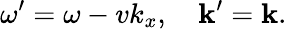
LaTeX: \omega^{\prime}=\omega-vk_{x},\quad\mathbf{k}^{\prime}=\mathbf{k}.